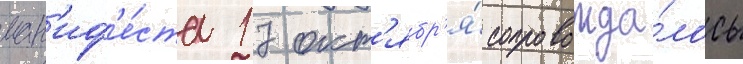
ман'иф'е́ста 17 окт'ябр'я́ сопровожда́лось